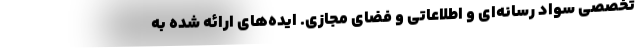
تخصصی سواد رسانه‌ای و اطلاعاتی و فضای مجازی. ایده‌های ارائه شده به